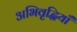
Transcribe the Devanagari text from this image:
अभिवृद्धियाँ